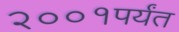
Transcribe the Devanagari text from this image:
२००१पर्यंत